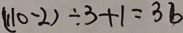
( 1 1 0 - 2 ) \div 3 + 1 = 3 6